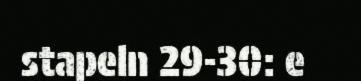
stapeln 29-30: e